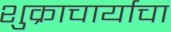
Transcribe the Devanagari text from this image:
शुक्राचार्याचा